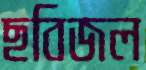
ছবিজল